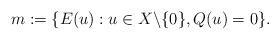
LaTeX: \begin{align*} m:=\{ E(u) : u \in X \backslash\{0\}, Q(u)=0\}.\end{align*}